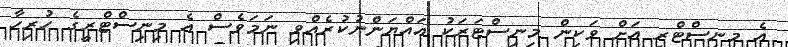
އެ މިނިސްޓްރީ އަށް ވަކިން މިނިސްޓަރަކު އައްޔަންނުކުރެއްވި ނަމަވެސް އެ މިނިސްޓްރީގެ ހުރިހާ